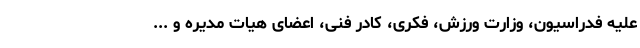
علیه فدراسیون، وزارت ورزش، فکری، کادر فنی، اعضای هیات مدیره و ...